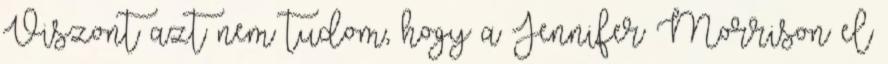
Viszont azt nem tudom, hogy a Jennifer Morrison el